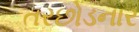
તરછોડનાર